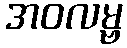
အဝလမ္ဗ